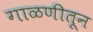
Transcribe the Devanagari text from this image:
गाळणीतून